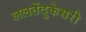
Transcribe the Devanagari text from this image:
ललतेंदुकेसरी